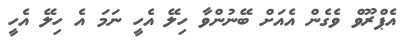
އެޕްރޫވް ވެގެން އެއަށް ބޭނުންވާ ހިލޭ އެހީ ނަމަ އެ ހިލޭ އެހީ